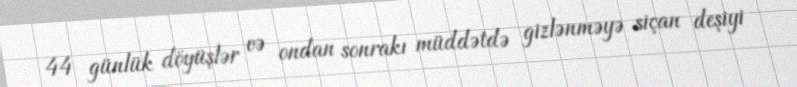
44 günlük döyüşlər və ondan sonrakı müddətdə gizlənməyə siçan deşiyi